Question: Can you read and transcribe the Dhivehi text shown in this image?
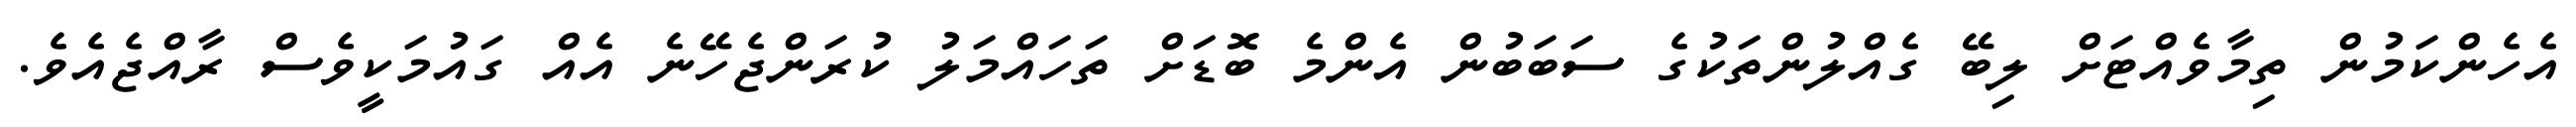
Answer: އެހެންކަމުން ތިމާވެއްޓަށް ލިބޭ ގެއްލުންތަކުގެ ސަބަބުން އެންމެ ބޮޑަށް ތަހައްމަލު ކުރަންޖެހޭނެ އެއް ގައުމަކީވެސް ރާއްޖެއެވެ.